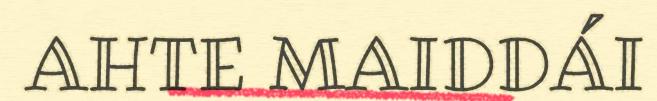
AHTE MAIDDÁI